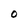
Character: O